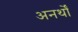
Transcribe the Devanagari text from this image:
अनर्थों